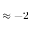
\approx - 2